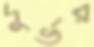
দুর্ভর